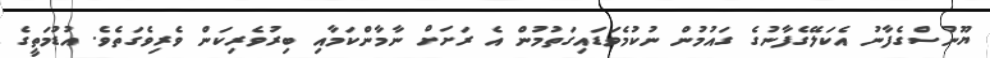
ޔޫނުސްގެފާނު އެކަލޭގެފާނުގެ ގައުމުން ނުކުމެވަޑައިގަތުމުން އެ ރަށަށް ނާމާންކަމާއި ބިރުވެރިކަން ވެރިވެގަތެވެ. އުޑުމަތީގެ